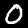
Digit: 0